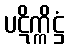
ပဋိက္ကိဋ္ဌံ